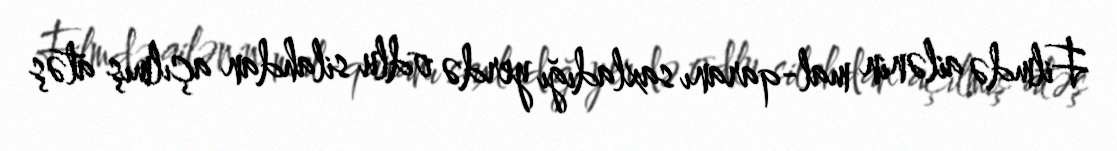
Filmdə ailənin mal-qaranı saxladığı yerdə odlu silahdan açılmış atəş